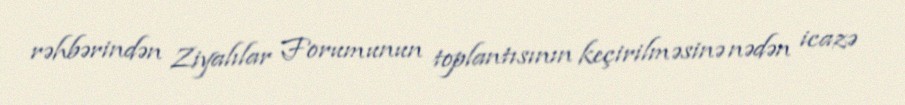
rəhbərindən Ziyalılar Forumunun toplantısının keçirilməsinə nədən icazə